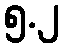
၅.၂